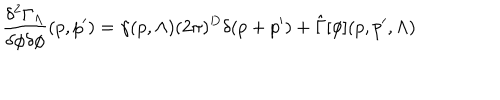
LaTeX: \frac { \delta ^ { 2 } \Gamma _ { \Lambda } } { \delta \phi \delta \phi } ( p , p ^ { \prime } ) = \gamma ( p , \Lambda ) ( 2 \pi ) ^ { D } \delta ( p + p ^ { \prime } ) + \hat { \Gamma } [ \phi ] ( p , p ^ { \prime } , \Lambda )